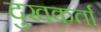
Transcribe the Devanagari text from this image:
दुखकर्ता